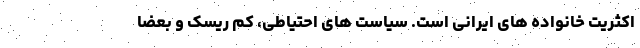
اکثریت خانواده های ایرانی است. سیاست های احتیاطی، کم ریسک و بعضا